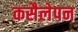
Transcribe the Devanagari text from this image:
कसैलेपन